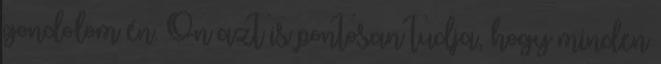
gondolom én. Ön azt is pontosan tudja, hogy minden